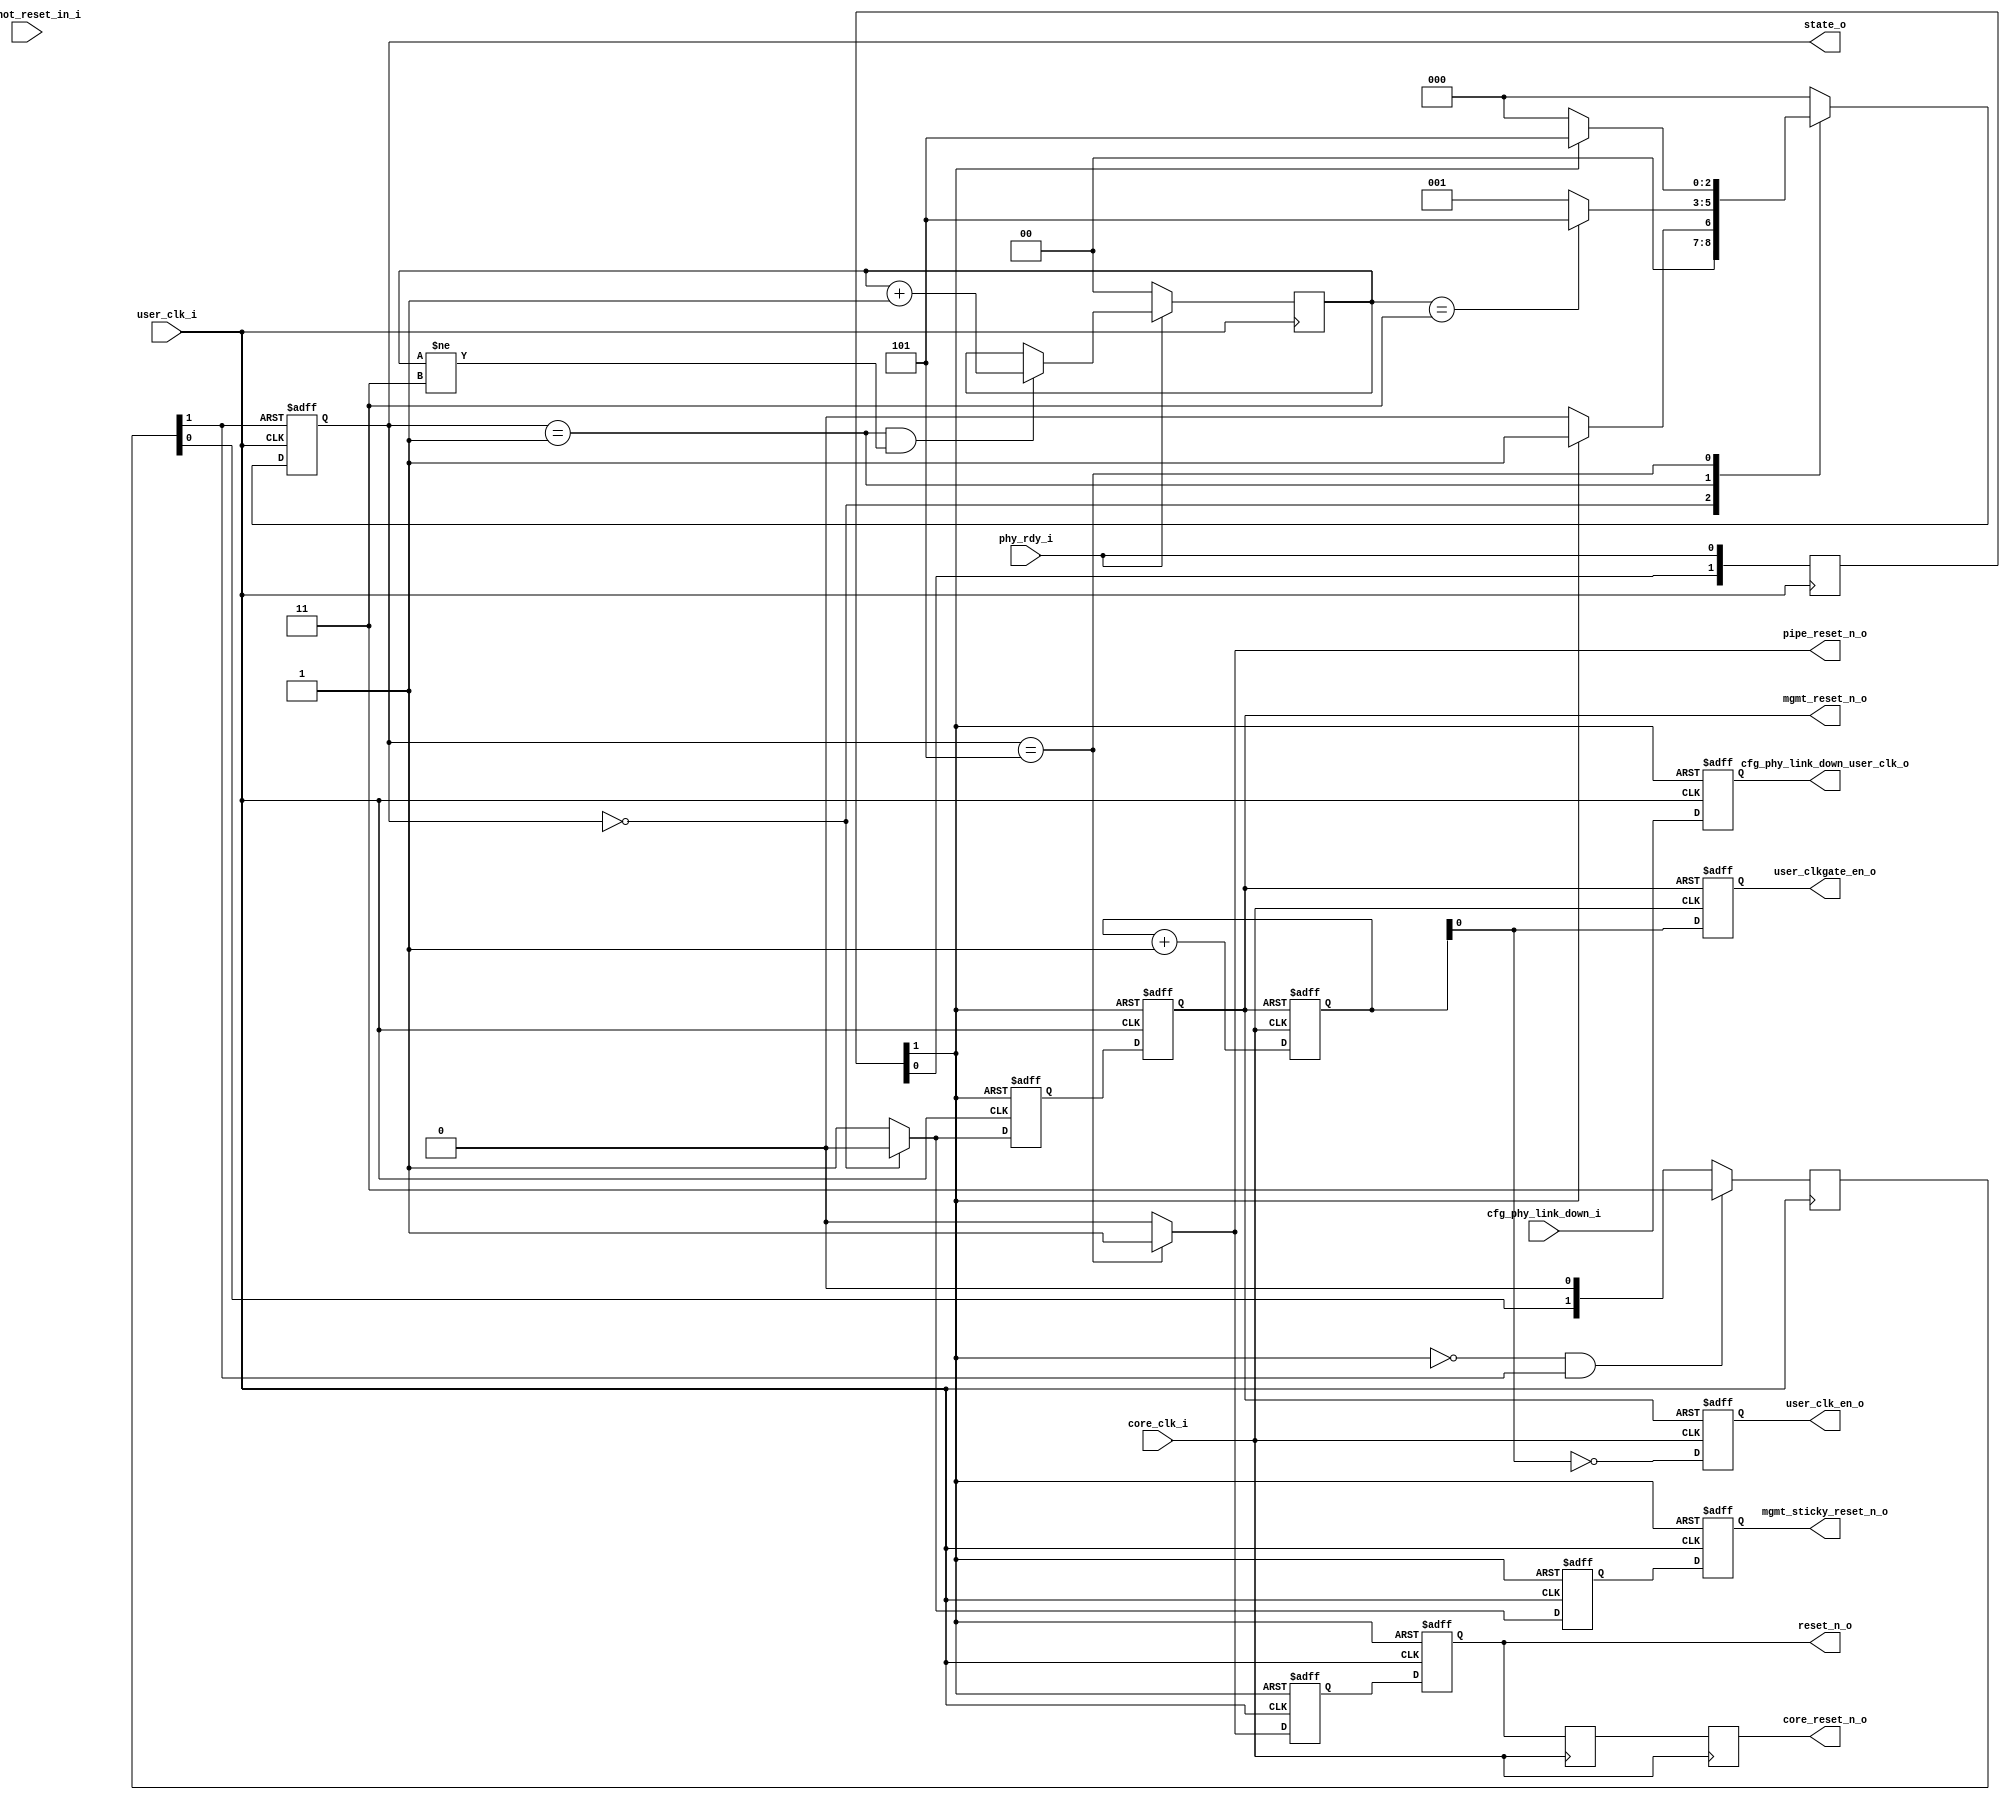
//-----------------------------------------------------------------------------
//
// (c) Copyright 2012-2012 Xilinx, Inc. All rights reserved.
//
// This file contains confidential and proprietary information
// of Xilinx, Inc. and is protected under U.S. and
// international copyright and other intellectual property
// laws.
//
// DISCLAIMER
// This disclaimer is not a license and does not grant any
// rights to the materials distributed herewith. Except as
// otherwise provided in a valid license issued to you by
// Xilinx, and to the maximum extent permitted by applicable
// law: (1) THESE MATERIALS ARE MADE AVAILABLE "AS IS" AND
// WITH ALL FAULTS, AND XILINX HEREBY DISCLAIMS ALL WARRANTIES
// AND CONDITIONS, EXPRESS, IMPLIED, OR STATUTORY, INCLUDING
// BUT NOT LIMITED TO WARRANTIES OF MERCHANTABILITY, NON-
// INFRINGEMENT, OR FITNESS FOR ANY PARTICULAR PURPOSE; and
// (2) Xilinx shall not be liable (whether in contract or tort,
// including negligence, or under any other theory of
// liability) for any loss or damage of any kind or nature
// related to, arising under or in connection with these
// materials, including for any direct, or any indirect,
// special, incidental, or consequential loss or damage
// (including loss of data, profits, goodwill, or any type of
// loss or damage suffered as a result of any action brought
// by a third party) even if such damage or loss was
// reasonably foreseeable or Xilinx had been advised of the
// possibility of the same.
//
// CRITICAL APPLICATIONS
// Xilinx products are not designed or intended to be fail-
// safe, or for use in any application requiring fail-safe
// performance, such as life-support or safety devices or
// systems, Class III medical devices, nuclear facilities,
// applications related to the deployment of airbags, or any
// other applications that could lead to death, personal
// injury, or severe property or environmental damage
// (individually and collectively, "Critical
// Applications"). Customer assumes the sole risk and
// liability of any use of Xilinx products in Critical
// Applications, subject only to applicable laws and
// regulations governing limitations on product liability.
//
// THIS COPYRIGHT NOTICE AND DISCLAIMER MUST BE RETAINED AS
// PART OF THIS FILE AT ALL TIMES.
//
//-----------------------------------------------------------------------------
//
// Project    : UltraScale+ FPGA PCI Express v4.0 Integrated Block
// Version    : 1.3 
//-----------------------------------------------------------------------------
//--------------------------------------------------------------------------------------------------
//**  Description: PCI Express Gen4 Block Initialization Controller
//**  Revision: $Revision: #19 $
//--------------------------------------------------------------------------------------------------
`timescale 1ps/1ps

(* DowngradeIPIdentifiedWarnings = "yes" *)
module xdma_0_pcie4_ip_init_ctrl #(
     parameter           TCQ = 100
   , parameter           PL_UPSTREAM_FACING = "TRUE"
   , parameter           IS_SWITCH_PORT = "FALSE"
   , parameter           CRM_CORE_CLK_FREQ_500="TRUE"
   , parameter [1:0]     CRM_USER_CLK_FREQ=2'b10
)(
  input  wire         core_clk_i,
  input  wire         user_clk_i,
  input  wire         phy_rdy_i,
  input  wire         cfg_hot_reset_in_i,
  input  wire         cfg_phy_link_down_i,
  output reg          cfg_phy_link_down_user_clk_o,
  output wire   [2:0] state_o,

  (* keep = "true", max_fanout = 1000 *) output reg          reset_n_o,
  (* keep = "true", max_fanout = 1000 *) output reg          core_reset_n_o,
  output wire                                                pipe_reset_n_o,
  (* keep = "true", max_fanout = 1000 *) output reg          mgmt_reset_n_o,
  (* keep = "true", max_fanout = 1000 *) output reg          mgmt_sticky_reset_n_o,

  output wire         user_clk_en_o,
  output wire         user_clkgate_en_o
  );

   localparam STATE_RESET   = 3'b000;
   localparam STATE_MGMT_RESET_DEASSERT = 3'b001;
   localparam STATE_PHY_RDY = 3'b100;
   localparam STATE_RESET_DEASSERT = 3'b101;
   localparam STATE_RESET_DEASSERT2 = 3'b110;
   
   localparam CLK_QUARTER0  = 3'b0_00; // core=250, user=62.5, user2 = 62.5 
   localparam CLK_HALF0     = 3'b0_01; // core=250, user=125,  user2 = 125
   localparam CLK_EQUAL0    = 3'b0_10; // core=250, user=250,  user2 = 250
   localparam CLK_INVALID0  = 3'b0_11; // core=250, user=250,  user2 = 500
   localparam CLK_INVALID1  = 3'b1_00; // core=500, user=62.5, user2 = 62.5
   localparam CLK_QUARTER1  = 3'b1_01; // core=500, user=125,  user2 = 125
   localparam CLK_HALF1     = 3'b1_10; // core=500, user=250,  user2 = 250
   localparam CLK_HALF2     = 3'b1_11; // core=500, user=250,  user2 = 500

   reg           [2:0] reg_state;
   reg           [2:0] reg_next_state;
(* ASYNC_REG = "TRUE", SHIFT_EXTRACT = "NO" *)    reg           [1:0] reg_phy_rdy = 2'b00; 
   reg           [1:0] reg_cold_reset = 2'b11;
   reg                 reg_reset_n_o;
   reg                 reg_pipe_reset_n_o;
   reg                 reg_mgmt_reset_n_o;
   reg                 reg_mgmt_sticky_reset_n_o;
   reg           [1:0] reg_reset_timer;
   wire          [2:0] state_w;
   wire          [2:0] next_state_w;
   wire                phy_rdy;
   wire                cold_reset_n;
   wire          [1:0] reset_timer_w;
   wire                attr_pl_upstream_facing;
   wire                attr_is_switch_port;

   wire 	       attr_crm_core_clk_freq_500;
   wire [1:0] 	       attr_crm_user_clk_freq;
   wire 	       user2_eq_core;
   reg [1:0] 	       counter;
   reg [3:0] 	       hot_reset_timer;
   reg [3:0] 	       reg_hot_reset_timer;
   wire [3:0] 	       hot_reset_timer_w;
   
   (* keep = "true", max_fanout = 1000 *) reg 		       user_clk_en_int;
   
   reg 		       user_clkgate_en_int;
   
      
   assign attr_crm_core_clk_freq_500 = (CRM_CORE_CLK_FREQ_500 == "TRUE") ? 1'b1 : 1'b0;
   assign attr_crm_user_clk_freq = CRM_USER_CLK_FREQ[1:0];
				       
   wire [2:0]  coreuser_clk_ratio  = {attr_crm_core_clk_freq_500, attr_crm_user_clk_freq};

  // common values for {attr_crm_core_clk_freq_500, attr_crm_user_clk_freq}
  // attr_crm_core_clk_freq_500,
  // 0 == 250, 1 == 500
  // attr_crm_user_clk_freq,
  // 0 = 62.5/62.5, 1 = 125/125, 2 = 250/250, 3 = 250/500
  //---------------------------------------------------
  // ratios: c:u(:u2)
  // 0/0 250:62.5(62.5)  -> 1/4(/4) CLK_QUARTER0       // user2_eq_core == 0
  // 0/1 250:125 (125)   -> 1/2(/2) CLK_HALF0          // user2_eq_core == 0
  // 0/2 250:250 (250)   -> 1/1(/1) CLK_EQUAL0         // user2_eq_core == 0
  // 0/3 250:250 (500)   -> 1/1(x2) CLK_INVALID0/EQUAL // user2_eq_core == 1
  // 1/0 500:62.5(62.5)  -> 1/8(/8) CLK_INVALID1/EQUAL // user2_eq_core == 0
  // 1/1 500:125 (125)   -> 1/4(/4) CLK_QUARTER1       // user2_eq_core == 0
  // 1/2 500:250 (250)   -> 1/2(/2) CLK_HALF1          // user2_eq_core == 0
  // 1/3 500:250 (500)   -> 1/2(/1) CLK_HALF2          // user2_eq_core == 1
   
   // user2_eq_core high when user_clk2 is equal to core_clk (and faster than user_clk) else equal to user_clk
   //OBSOLETE// assign user2_eq_core = {attr_crm_user_clk_freq == 2'b11};
      
   // when user2_clk is same as core_clk assign coreuser2_clk_ratio to EQUAL, else
   // user2_clk is same as user_clk so use the coreuser_clk_ratio
   //OBSOLETE// wire [2:0]  coreuser2_clk_ratio = user2_eq_core ? CLK_EQUAL0 : coreuser_clk_ratio;


  always @(posedge core_clk_i or negedge mgmt_reset_n_o) begin

    // hold the count during power-on reset
    if (!mgmt_reset_n_o) begin
      user_clkgate_en_int  <= #TCQ 1'b0;
      user_clk_en_int      <= #TCQ 1'b0;
      counter              <= #TCQ 2'h0;
    // normal free-running operation
    end else begin
      // counter always increments and rolls over, no matter the ratio
      counter <= #TCQ counter + 1;

      // Choose the valid based on the table above
      case (coreuser_clk_ratio)
        CLK_HALF0, CLK_HALF1, CLK_HALF2: begin
	   // one core_clk cycle advanced for _e4 input
          user_clkgate_en_int <= #TCQ counter[0];
          user_clk_en_int     <= #TCQ !counter[0];
        end
        CLK_QUARTER0, CLK_QUARTER1: begin
	   // one core_clk cycle advanced for _e4 input 
          user_clkgate_en_int <= #TCQ (counter == 2'h1);
          user_clk_en_int     <= #TCQ (counter == 2'h2);
        end
        default: begin  // and CLK_EQUAL* case which ties off to high
          user_clkgate_en_int <= #TCQ 1'b1;
          user_clk_en_int     <= #TCQ 1'b1;
        end
      endcase

    end

  end
  // }}} user_clk_en generation
 
  assign attr_pl_upstream_facing = (PL_UPSTREAM_FACING == "TRUE") ? 1'b1 : 1'b0 ;
  assign attr_is_switch_port     = (IS_SWITCH_PORT == "TRUE") ? 1'b1 : 1'b0 ;

  // Generate PHY Ready

  always @(posedge user_clk_i)
  begin
    reg_phy_rdy[1:0] <= #TCQ {reg_phy_rdy[0], phy_rdy_i};
  end

  assign phy_rdy = reg_phy_rdy[1];
  
   // Generate Cold reset

  always @(posedge user_clk_i)
  begin
    if (!phy_rdy && reg_cold_reset[1] )
      reg_cold_reset[1:0] <= #TCQ 2'b11;
    else
      reg_cold_reset[1:0] <= #TCQ {reg_cold_reset[0], 1'b0};
  end

  assign cold_reset_n = !reg_cold_reset[1];
  
  // Reset Timer
  
  always @(posedge user_clk_i)
  begin
    if (!phy_rdy_i)
        reg_reset_timer <= #TCQ 2'b00;
    else if ((state_w == STATE_MGMT_RESET_DEASSERT) && (reset_timer_w != 2'b11))
        reg_reset_timer <= #TCQ reset_timer_w + 1'b1;
    else
        reg_reset_timer <= #TCQ reset_timer_w;    
  end
  
  
  // Reset SM
  
  always @(posedge user_clk_i or negedge cold_reset_n)
  begin
    if (!cold_reset_n)
      reg_state <= #TCQ STATE_RESET;
    else
      reg_state <= #TCQ reg_next_state;
  end

  always @(posedge user_clk_i or negedge cold_reset_n)
  begin
    if (!cold_reset_n)
      hot_reset_timer <= #TCQ 4'b0;
    else
      hot_reset_timer <= #TCQ reg_hot_reset_timer;
  end
  
  always @* begin

    reg_hot_reset_timer = hot_reset_timer_w;
    if (attr_pl_upstream_facing) begin // Design is a Upstream Port 

      reg_next_state = STATE_RESET;
      reg_mgmt_reset_n_o = 1'b1;
      reg_mgmt_sticky_reset_n_o = 1'b1;
      reg_reset_n_o = 1'b0;
      reg_pipe_reset_n_o = 1'b0;
      case (state_w)
        STATE_RESET:
        begin
          reg_mgmt_reset_n_o = 1'b0;
          reg_mgmt_sticky_reset_n_o = 1'b0;
          if (phy_rdy)
            reg_next_state = STATE_MGMT_RESET_DEASSERT;
          else
            reg_next_state = STATE_RESET;
          end
        STATE_MGMT_RESET_DEASSERT:
        begin
          if (reset_timer_w == 2'b11)
          reg_next_state = STATE_RESET_DEASSERT;
          else
          reg_next_state = STATE_MGMT_RESET_DEASSERT;
        end
        STATE_RESET_DEASSERT:
        begin
          reg_reset_n_o = 1'b1;
          reg_pipe_reset_n_o = 1'b1;
          if ((!phy_rdy) || (attr_is_switch_port && cfg_hot_reset_in_i))
            reg_next_state = STATE_RESET;
          else
            reg_next_state = STATE_RESET_DEASSERT;
            end
      endcase

    end else  begin // Design is a Downstream Port
      
      reg_next_state = STATE_RESET;
      reg_mgmt_reset_n_o = 1'b1;
      reg_mgmt_sticky_reset_n_o = 1'b1;
      reg_reset_n_o = 1'b0;
      reg_pipe_reset_n_o = 1'b0;
      case (state_w)
        STATE_RESET:
        begin
          reg_mgmt_reset_n_o = 1'b0;
          reg_mgmt_sticky_reset_n_o = 1'b0;
          if (phy_rdy)
            reg_next_state = STATE_MGMT_RESET_DEASSERT;
          else
            reg_next_state = STATE_RESET;
        end
        STATE_MGMT_RESET_DEASSERT:
        begin
          if (reset_timer_w == 2'b11)
            reg_next_state = STATE_PHY_RDY;
          else
            reg_next_state = STATE_MGMT_RESET_DEASSERT;
          end
        STATE_PHY_RDY:
        begin
          if (phy_rdy)
            reg_next_state = STATE_RESET_DEASSERT;
          else
            reg_next_state = STATE_PHY_RDY;
        end
        STATE_RESET_DEASSERT:
        begin
          reg_reset_n_o = 1'b1;
          reg_pipe_reset_n_o = 1'b1;
          if (!phy_rdy)
            reg_next_state = STATE_PHY_RDY;
          else if (attr_is_switch_port && cfg_hot_reset_in_i) begin  // Downstream Port Only
            reg_next_state = STATE_RESET_DEASSERT2;
          end else
            reg_next_state = STATE_RESET_DEASSERT;
        end
        STATE_RESET_DEASSERT2:
        begin
          reg_reset_n_o = 1'b1;
          reg_pipe_reset_n_o = 1'b1;
          reg_hot_reset_timer = hot_reset_timer_w + 1;
	  if ((hot_reset_timer_w == 4'b0) && cfg_phy_link_down_user_clk_o)
          begin
            reg_mgmt_reset_n_o = 1'b0;  
            reg_next_state = STATE_RESET_DEASSERT;
          end else begin
            reg_next_state = STATE_RESET_DEASSERT2;
          end 
        end
      endcase
     
    end

  end // 

  // Reset registers pipeline

  (* keep = "true", max_fanout = 1000 *) reg reg_reset_n_2;
  (* keep = "true", max_fanout = 1000 *) reg mgmt_reset_n_2;
  (* keep = "true", max_fanout = 1000 *) reg mgmt_sticky_reset_n_2;
  
  always @(posedge user_clk_i or negedge phy_rdy)
  begin
    if (!phy_rdy)
    begin
      reg_reset_n_2         <= #TCQ 1'b0;
      mgmt_reset_n_2        <= #TCQ 1'b0;
      mgmt_sticky_reset_n_2 <= #TCQ 1'b0;
      
      reset_n_o             <= #TCQ 1'b0;
      mgmt_reset_n_o        <= #TCQ 1'b0;
      mgmt_sticky_reset_n_o <= #TCQ 1'b0;
    end
    else
    begin
      reg_reset_n_2         <= #TCQ reg_reset_n_o;
      mgmt_reset_n_2        <= #TCQ reg_mgmt_reset_n_o;
      mgmt_sticky_reset_n_2 <= #TCQ reg_mgmt_sticky_reset_n_o;
      
      reset_n_o             <= #TCQ reg_reset_n_2;
      mgmt_reset_n_o        <= #TCQ mgmt_reset_n_2;
      mgmt_sticky_reset_n_o <= #TCQ mgmt_sticky_reset_n_2;
    end
  end

   // Time reset_n_o to the core_clk domain
  (* keep = "true", max_fanout = 1000 *) (* ASYNC_REG = "true" *) reg reset_n_core_clk_ff;

  always @(posedge core_clk_i) begin
      reset_n_core_clk_ff  <= #TCQ reset_n_o;
      core_reset_n_o       <= #TCQ reset_n_core_clk_ff;
  end

   assign state_w = reg_state;
   assign next_state_w = reg_next_state;
   assign pipe_reset_n_o = reg_pipe_reset_n_o;
   assign state_o = reg_state;
   assign reset_timer_w = reg_reset_timer;

   assign user_clkgate_en_o  = user_clkgate_en_int;

   assign user_clk_en_o  = user_clk_en_int;

   assign hot_reset_timer_w = hot_reset_timer;



     // Retime cfg_phy_link_down to user clock

  always @(posedge user_clk_i or negedge phy_rdy)
  begin
    if (!phy_rdy)
      cfg_phy_link_down_user_clk_o <= #TCQ 1'b1;
    else
      cfg_phy_link_down_user_clk_o <= #TCQ cfg_phy_link_down_i;
  end


endmodule